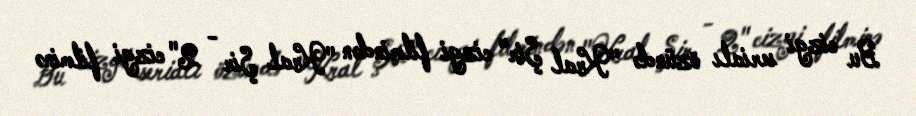
Bu cizgi serialı özündə "Kral Şir" cizgi filmindən "Kral Şir - 2" cizgi filminə